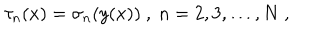
\tau _ { n } ( x ) = \sigma _ { n } ( y ( x ) ) \ , \ n = 2 , 3 , \ldots , N \ ,